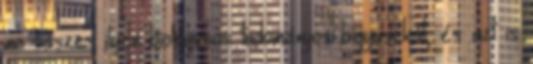
az összes ilyen biológusos tudományos bigyuszkát, és azt is